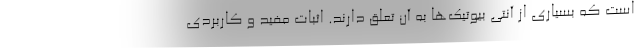
است که بسیاری از آنتی بیوتیک‌ها به آن تعلق دارند. اثبات مفید و کاربردی